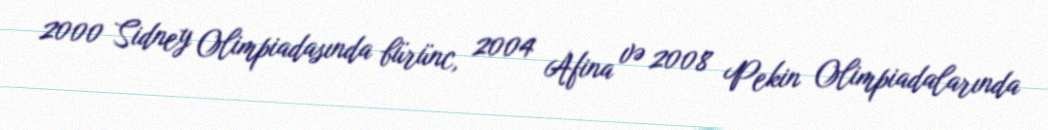
2000 Sidney Olimpiadasında bürünc, 2004 Afina və 2008 Pekin Olimpiadalarında